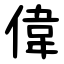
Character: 偉